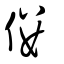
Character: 偻